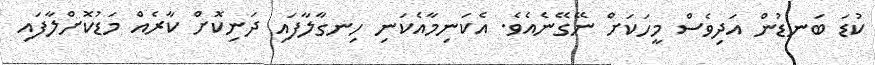
ކުޑަ ބަނޑުން އަދިވެސް މީހަކަށް ނޭގޭނެއެވެ. އެކަނިމާއެކަނި ހިނގާލާފައި ދަނިކޮށް ކާރެއް މަޑުކޮށްލާފައި